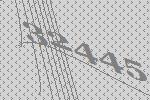
32445